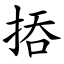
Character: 㧷